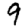
Digit: 9